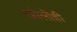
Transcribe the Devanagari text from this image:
खोलीही